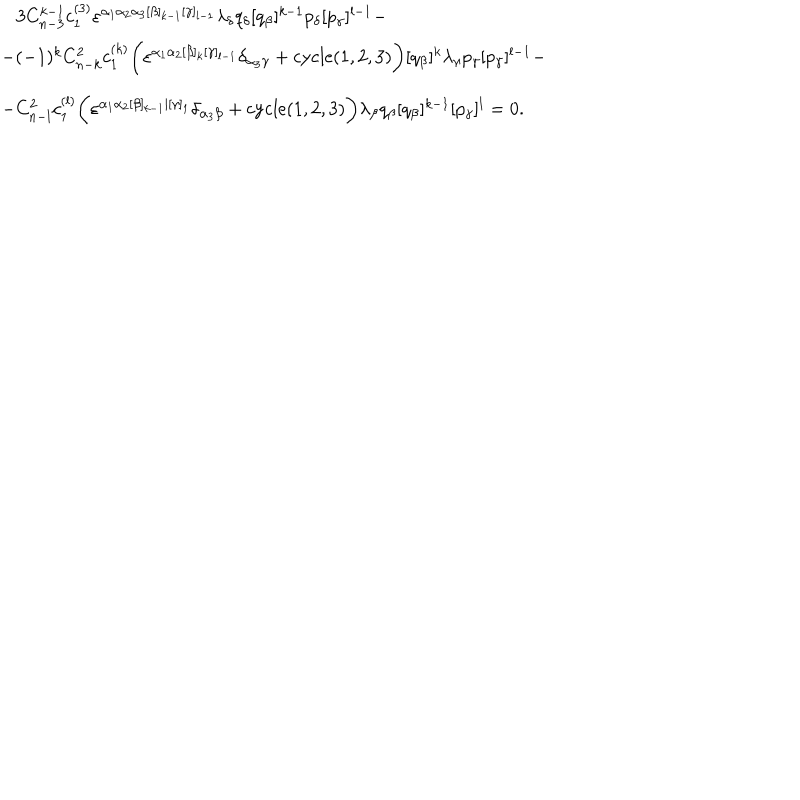
LaTeX: \begin{array} { l } { { \, \, \, \, \, 3 C _ { n - 3 } ^ { k - 1 } c _ { 1 } ^ { ( 3 ) } \varepsilon ^ { \alpha _ { 1 } \alpha _ { 2 } \alpha _ { 3 } [ \beta ] _ { k - 1 } [ \gamma ] _ { l - 1 } } \lambda _ { \delta } q _ { \delta } [ q _ { \beta } ] ^ { k - 1 } p _ { \delta } [ p _ { \gamma } ] ^ { l - 1 } - } } \\ { { - ( - 1 ) ^ { k } C _ { n - k } ^ { 2 } c _ { 1 } ^ { ( k ) } \biggl ( \varepsilon ^ { \alpha _ { 1 } \alpha _ { 2 } [ \beta ] _ { k } [ \gamma ] _ { l - 1 } } \delta _ { \alpha _ { 3 } \gamma } + \mathrm { c y c l e } ( 1 , 2 , 3 ) \biggr ) [ q _ { \beta } ] ^ { k } \lambda _ { \gamma } p _ { \gamma } [ p _ { \gamma } ] ^ { l - 1 } - } } \\ { { - C _ { n - l } ^ { 2 } c _ { 1 } ^ { ( l ) } \biggl ( \varepsilon ^ { \alpha _ { 1 } \alpha _ { 2 } [ \beta ] _ { k - 1 } | [ \gamma ] _ { 1 } } \delta _ { \alpha _ { 3 } \beta } + \mathrm { c y c l e } ( 1 , 2 , 3 ) \biggr ) \lambda _ { \beta } q _ { \beta } [ q _ { \beta } ] ^ { k - 1 } [ p _ { \gamma } ] ^ { l } = 0 . } } \\ \end{array}